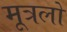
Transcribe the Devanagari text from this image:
मूत्रलों